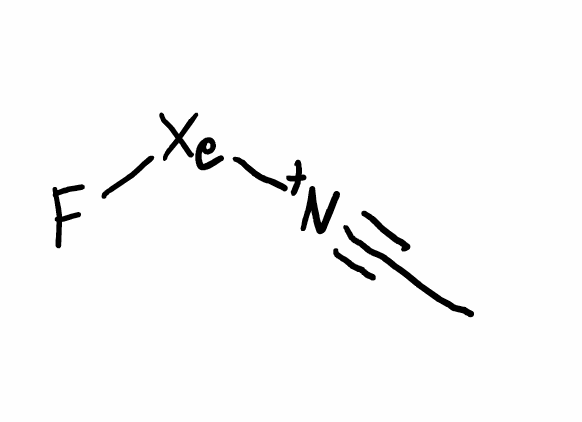
Simplified molecular-input line-entry system (SMILES) notation of the given molecule:
CC#[N+][Xe]F